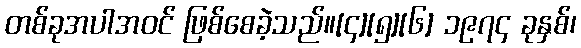
တစ်ခုအပါအဝင် ဖြစ်စေခဲ့သည်။[၄][၅][၆] ၁၉၇၄ ခုနှစ်၊